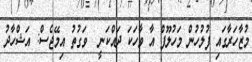
މުޒާހަރާގައި ފުލުހުން މަހުލޫފް އާ ވާހަކަ ދައްކަނީ  ވަގުތު އިމޭޖެސް: އަޝްހާދު